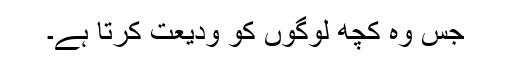
جس وُہ کچھ لوگوں کو ودیعت کرتا ہے۔